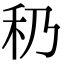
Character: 䄧